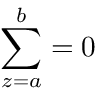
\sum _ { z = a } ^ { b } = 0